Vaccination in Burma 1920-1933 - 1920-1933
Year: 1920
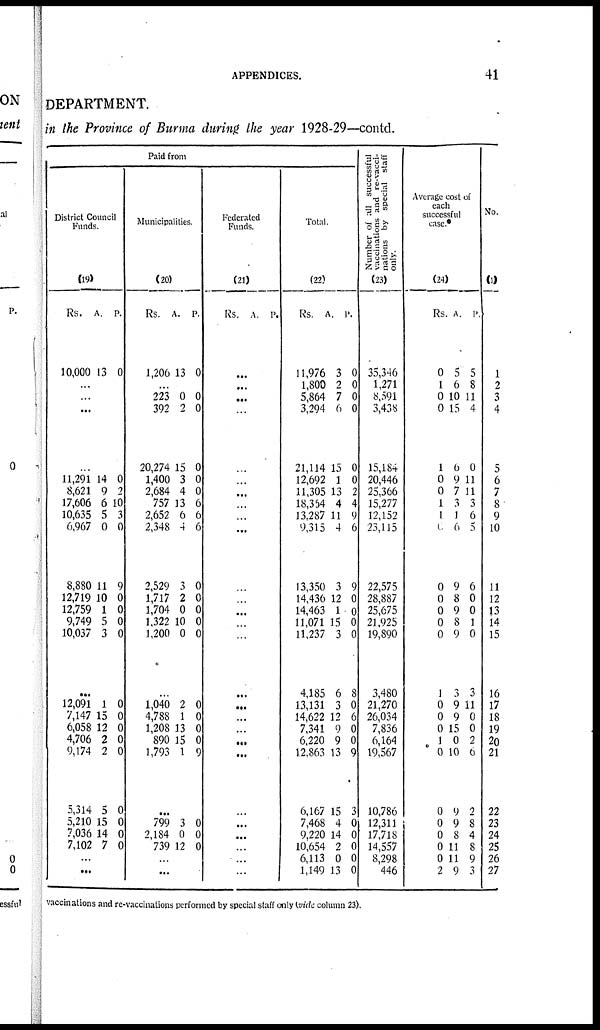
APPENDICES.
41
DEPARTMENT.
in the Province of Burma during the year 1928-29—contd.
Paid from
District Council
Funds.
(19)
Rs.
10,000
A.
13
P.
0
...
...
...
...
11,291
8,621
17,606
10,635
6,967
8,880
12,719
12,759
9,749
10,037
14
9
6
5
0
11
10
1
5
3
0
2
10
3
0
9
0
0
0
0
...
12,091
7,147
6,058
4,706
9,174
5,314
5,210
7,036
7,102
1
15
12
2
2
5
15
14
7
0
0
0
0
0
0
0
0
0
...
...
Municipalities.
(20)
Rs.
1,206
A.
13
P.
0
...
223
392
20,274
1,400
2,684
757
2,652
2,348
2,529
1,717
1,704
1,322
1,200
0
2
15
3
4
13
6
4
3
2
0
10
0
0
0
0
0
0
6
6
6
0
0
0
0
0
...
1,040
4,788
1,208
890
1,793
2
1
13
15
1
0
0
0
0
9
...
799
2,184
739
3
0
12
0
0
0
...
...
Federated
Funds.
(21)
Rs. A. P.
...
...
...
...
...
...
...
...
...
...
...
...
...
...
...
...
...
...
...
...
...
...
...
...
...
...
...
Total.
(22)
Rs.
11,976
1,800
5,864
3,294
21,114
12,692
11,305
18,354
13,287
9,315
13,350
14,436
14,463
11,071
11,237
4,185
13,131
14,622
7,341
6,220
12,863
6,167
7,468
9,220
10,654
6,113
1,149
A.
3
2
7
6
15
1
13
4
11
4
3
12
1
15
3
6
3
12
9
9
13
15
4
14
2
0
13
P.
0
0
0
0
0
0
2
4
9
6
9
0
0
0
0
8
0
6
0
0
9
3
0
0
0
0
0
Number of all successful
vaccinations and re-vacci-
nations by special staff
only.
(23)
35,346
1,271
8,591
3,438
15,184
20,446
25,366
15,277
12,152
23,115
22,575
28,887
25,675
21,925
19,890
3,480
21,270
26,034
7,836
6,164
19,567
10,786
12,311
17,718
14,557
8,298
446
Average cost of
each
successful
case.*
(24)
Rs.
0
1
0
0
1
0
0
1
1
0
0
0
0
0
0
1
0
0
0
1
0
0
0 0
0
0
2
A.
5
6
10
15
6
9
7
3
1
6
9
8
9
8
9
3
9
9
15
0
10
9
9
8
11
11
9
P.
5
8
11
4
0
11
11
3
6
5
6
0
0
1
0
3
11
0
0
2
0
2
8
4
8
9
3
No.
(1)
1
2
3
4
5
6
7
8
9
10
11
12
13
14
15
16
17
18
19
20
21
22
23
24
25
26
27
vaccinations and re-vaccinations performed by special staff only (vide column 23).